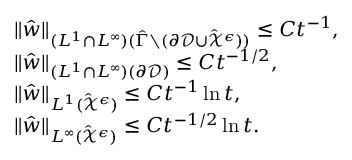
\begin{array} { r l } & { \| \hat { w } \| _ { ( L ^ { 1 } \cap L ^ { \infty } ) ( \hat { \Gamma } \setminus ( \partial \mathcal { D } \cup \hat { \mathcal { X } } ^ { \epsilon } ) ) } \leq C t ^ { - 1 } , } \\ & { \| \hat { w } \| _ { ( L ^ { 1 } \cap L ^ { \infty } ) ( \partial \mathcal { D } ) } \leq C t ^ { - 1 / 2 } , } \\ & { \| \hat { w } \| _ { L ^ { 1 } ( \hat { \mathcal { X } } ^ { \epsilon } ) } \leq C t ^ { - 1 } \ln t , } \\ & { \| \hat { w } \| _ { L ^ { \infty } ( \hat { \mathcal { X } } ^ { \epsilon } ) } \leq C t ^ { - 1 / 2 } \ln t . } \end{array}